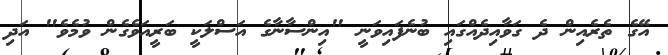
އޭގެ ތެރެއިން ދެ ގަވާއިދެއްގައި ބުނެފައިވަނީ "އިންސާނާގެ އަސްލަކީ ބަރީއަވެގެން ވުމެވެ" އަދި